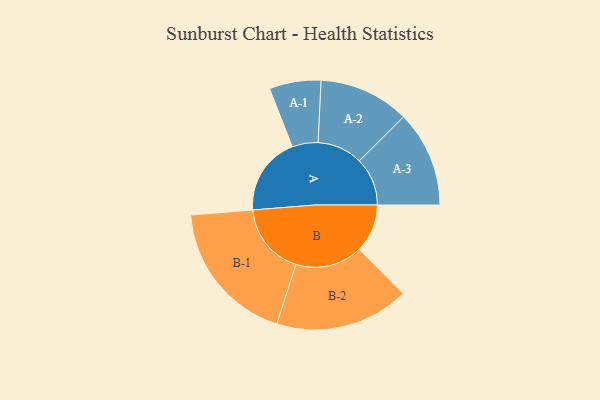
{"axis": {"x": "Segment", "y": "Value"}, "legend": ["", "A", "B"], "data": [{"x": "A", "y": 310, "type": ""}, {"x": "B", "y": 191, "type": ""}, {"x": "A-1", "y": 102, "type": "A"}, {"x": "A-2", "y": 179, "type": "A"}, {"x": "A-3", "y": 190, "type": "A"}, {"x": "B-1", "y": 286, "type": "B"}, {"x": "B-2", "y": 265, "type": "B"}]}